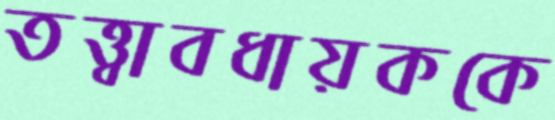
তত্ত্বাবধায়ককে